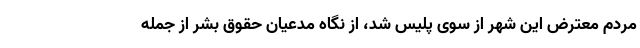
مردم معترض این شهر از سوی پلیس شد، از نگاه مدعیان حقوق بشر از جمله